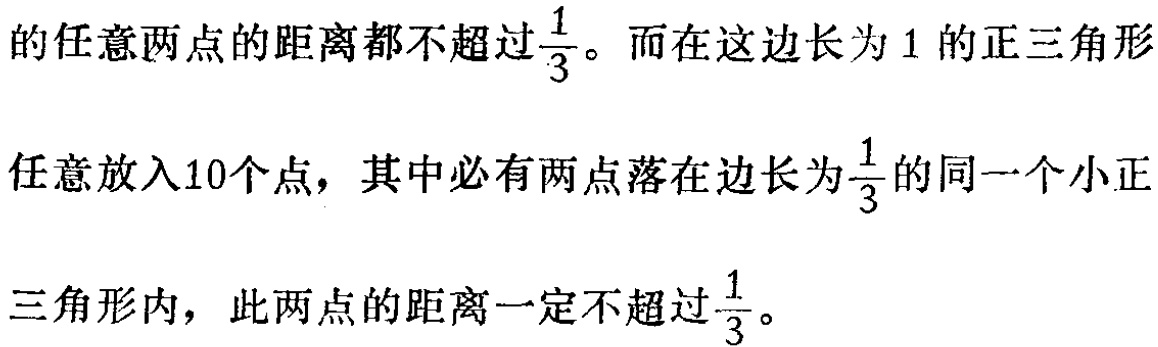
的任意两点的距离都不超过$\frac{1}{3}$。而在这边长为$1$的正三角形

任意放入10个点，其中必有两点落在边长为$\frac{1}{3}$的同一个小正

三角形内，此两点的距离一定不超过$\frac{1}{3}$。